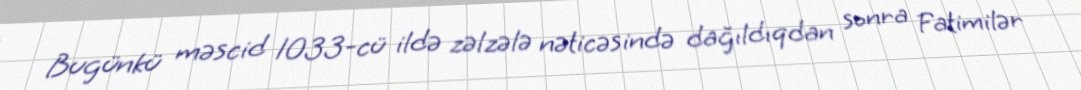
Bugünkü məscid 1033-cü ildə zəlzələ nəticəsində dağıldıqdan sonra Fatimilər